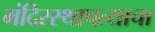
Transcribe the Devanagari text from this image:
मंदिरस्थापत्याचा